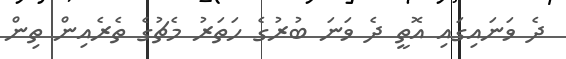
ދެ ވަނައިގައި އޮތީ ދެ ވަނަ ބުރުގެ ހަތަރު މެޗުގެ ތެރެއިން ތިން